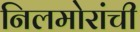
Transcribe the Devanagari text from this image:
निलमोरांची